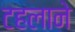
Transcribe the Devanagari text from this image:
टहलाने